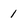
Character: 1